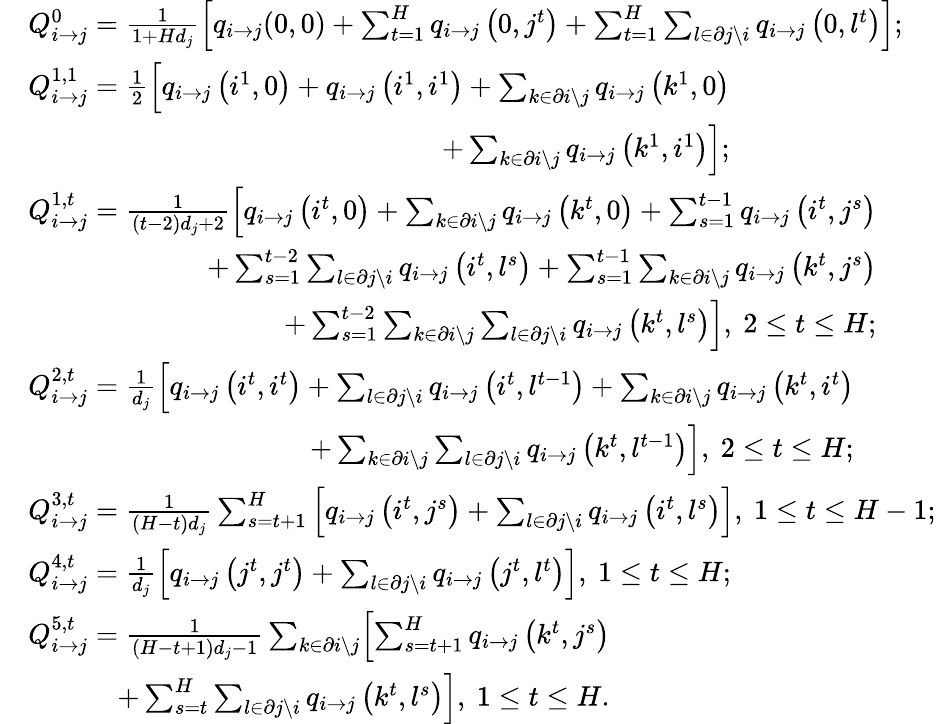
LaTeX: \begin{array}{rl}&{Q_{i\rightarrow j}^{0}=\frac{1}{1+Hd_{j}}\left[q_{i\rightarrow j}(0,0)+\sum_{t=1}^{H}q_{i\rightarrow j}\left(0,j^{t}\right)+\sum_{t=1}^{H}\sum_{l\in\partial j\backslash i}q_{i\rightarrow j}\left(0,l^{t}\right)\right];}\\ &{\begin{array}{rl}{Q_{i\rightarrow j}^{1,1}=\frac{1}{2}\Bigl[q_{i\rightarrow j}\left(i^{1},0\right)+q_{i\rightarrow j}\left(i^{1},i^{1}\right)+\sum_{k\in\partial i\backslash j}q_{i\rightarrow j}\left(k^{1},0\right)}&{}\\ {+\sum_{k\in\partial i\backslash j}q_{i\rightarrow j}\left(k^{1},i^{1}\right)\Bigr];}&{}\end{array}}\\ &{\begin{array}{rl}{Q_{i\rightarrow j}^{1,t}=\frac{1}{(t-2)d_{j}+2}\Bigl[q_{i\rightarrow j}\left(i^{t},0\right)+\sum_{k\in\partial i\backslash j}q_{i\rightarrow j}\left(k^{t},0\right)+\sum_{s=1}^{t-1}q_{i\rightarrow j}\left(i^{t},j^{s}\right)}&{}\\ {+\sum_{s=1}^{t-2}\sum_{l\in\partial j\backslash i}q_{i\rightarrow j}\left(i^{t},l^{s}\right)+\sum_{s=1}^{t-1}\sum_{k\in\partial i\backslash j}q_{i\rightarrow j}\left(k^{t},j^{s}\right)}&{}\\ {+\sum_{s=1}^{t-2}\sum_{k\in\partial i\backslash j}\sum_{l\in\partial j\backslash i}q_{i\rightarrow j}\left(k^{t},l^{s}\right)\Bigr],\ 2\leq t\leq H;}&{}\end{array}}\\ &{\begin{array}{rl}{Q_{i\rightarrow j}^{2,t}=\frac{1}{d_{j}}\Bigl[q_{i\rightarrow j}\left(i^{t},i^{t}\right)+\sum_{l\in\partial j\backslash i}q_{i\rightarrow j}\left(i^{t},l^{t-1}\right)+\sum_{k\in\partial i\backslash j}q_{i\rightarrow j}\left(k^{t},i^{t}\right)}&{}\\ {+\sum_{k\in\partial i\backslash j}\sum_{l\in\partial j\backslash i}q_{i\rightarrow j}\left(k^{t},l^{t-1}\right)\Bigr],\ 2\leq t\leq H;}&{}\end{array}}\\ &{Q_{i\rightarrow j}^{3,t}=\frac{1}{(H-t)d_{j}}\sum_{s=t+1}^{H}\left[q_{i\rightarrow j}\left(i^{t},j^{s}\right)+\sum_{l\in\partial j\backslash i}q_{i\rightarrow j}\left(i^{t},l^{s}\right)\right],\ 1\leq t\leq H-1;}\\ &{Q_{i\rightarrow j}^{4,t}=\frac{1}{d_{j}}\left[q_{i\rightarrow j}\left(j^{t},j^{t}\right)+\sum_{l\in\partial j\backslash i}q_{i\rightarrow j}\left(j^{t},l^{t}\right)\right],\ 1\leq t\leq H;}\\ &{\begin{array}{rl}{Q_{i\rightarrow j}^{5,t}=\frac{1}{(H-t+1)d_{j}-1}\sum_{k\in\partial i\backslash j}\Bigl[\sum_{s=t+1}^{H}q_{i\rightarrow j}\left(k^{t},j^{s}\right)}&{}\\ {+\sum_{s=t}^{H}\sum_{l\in\partial j\backslash i}q_{i\rightarrow j}\left(k^{t},l^{s}\right)\Bigr],\ 1\leq t\leq H.}&{}\end{array}}\end{array}